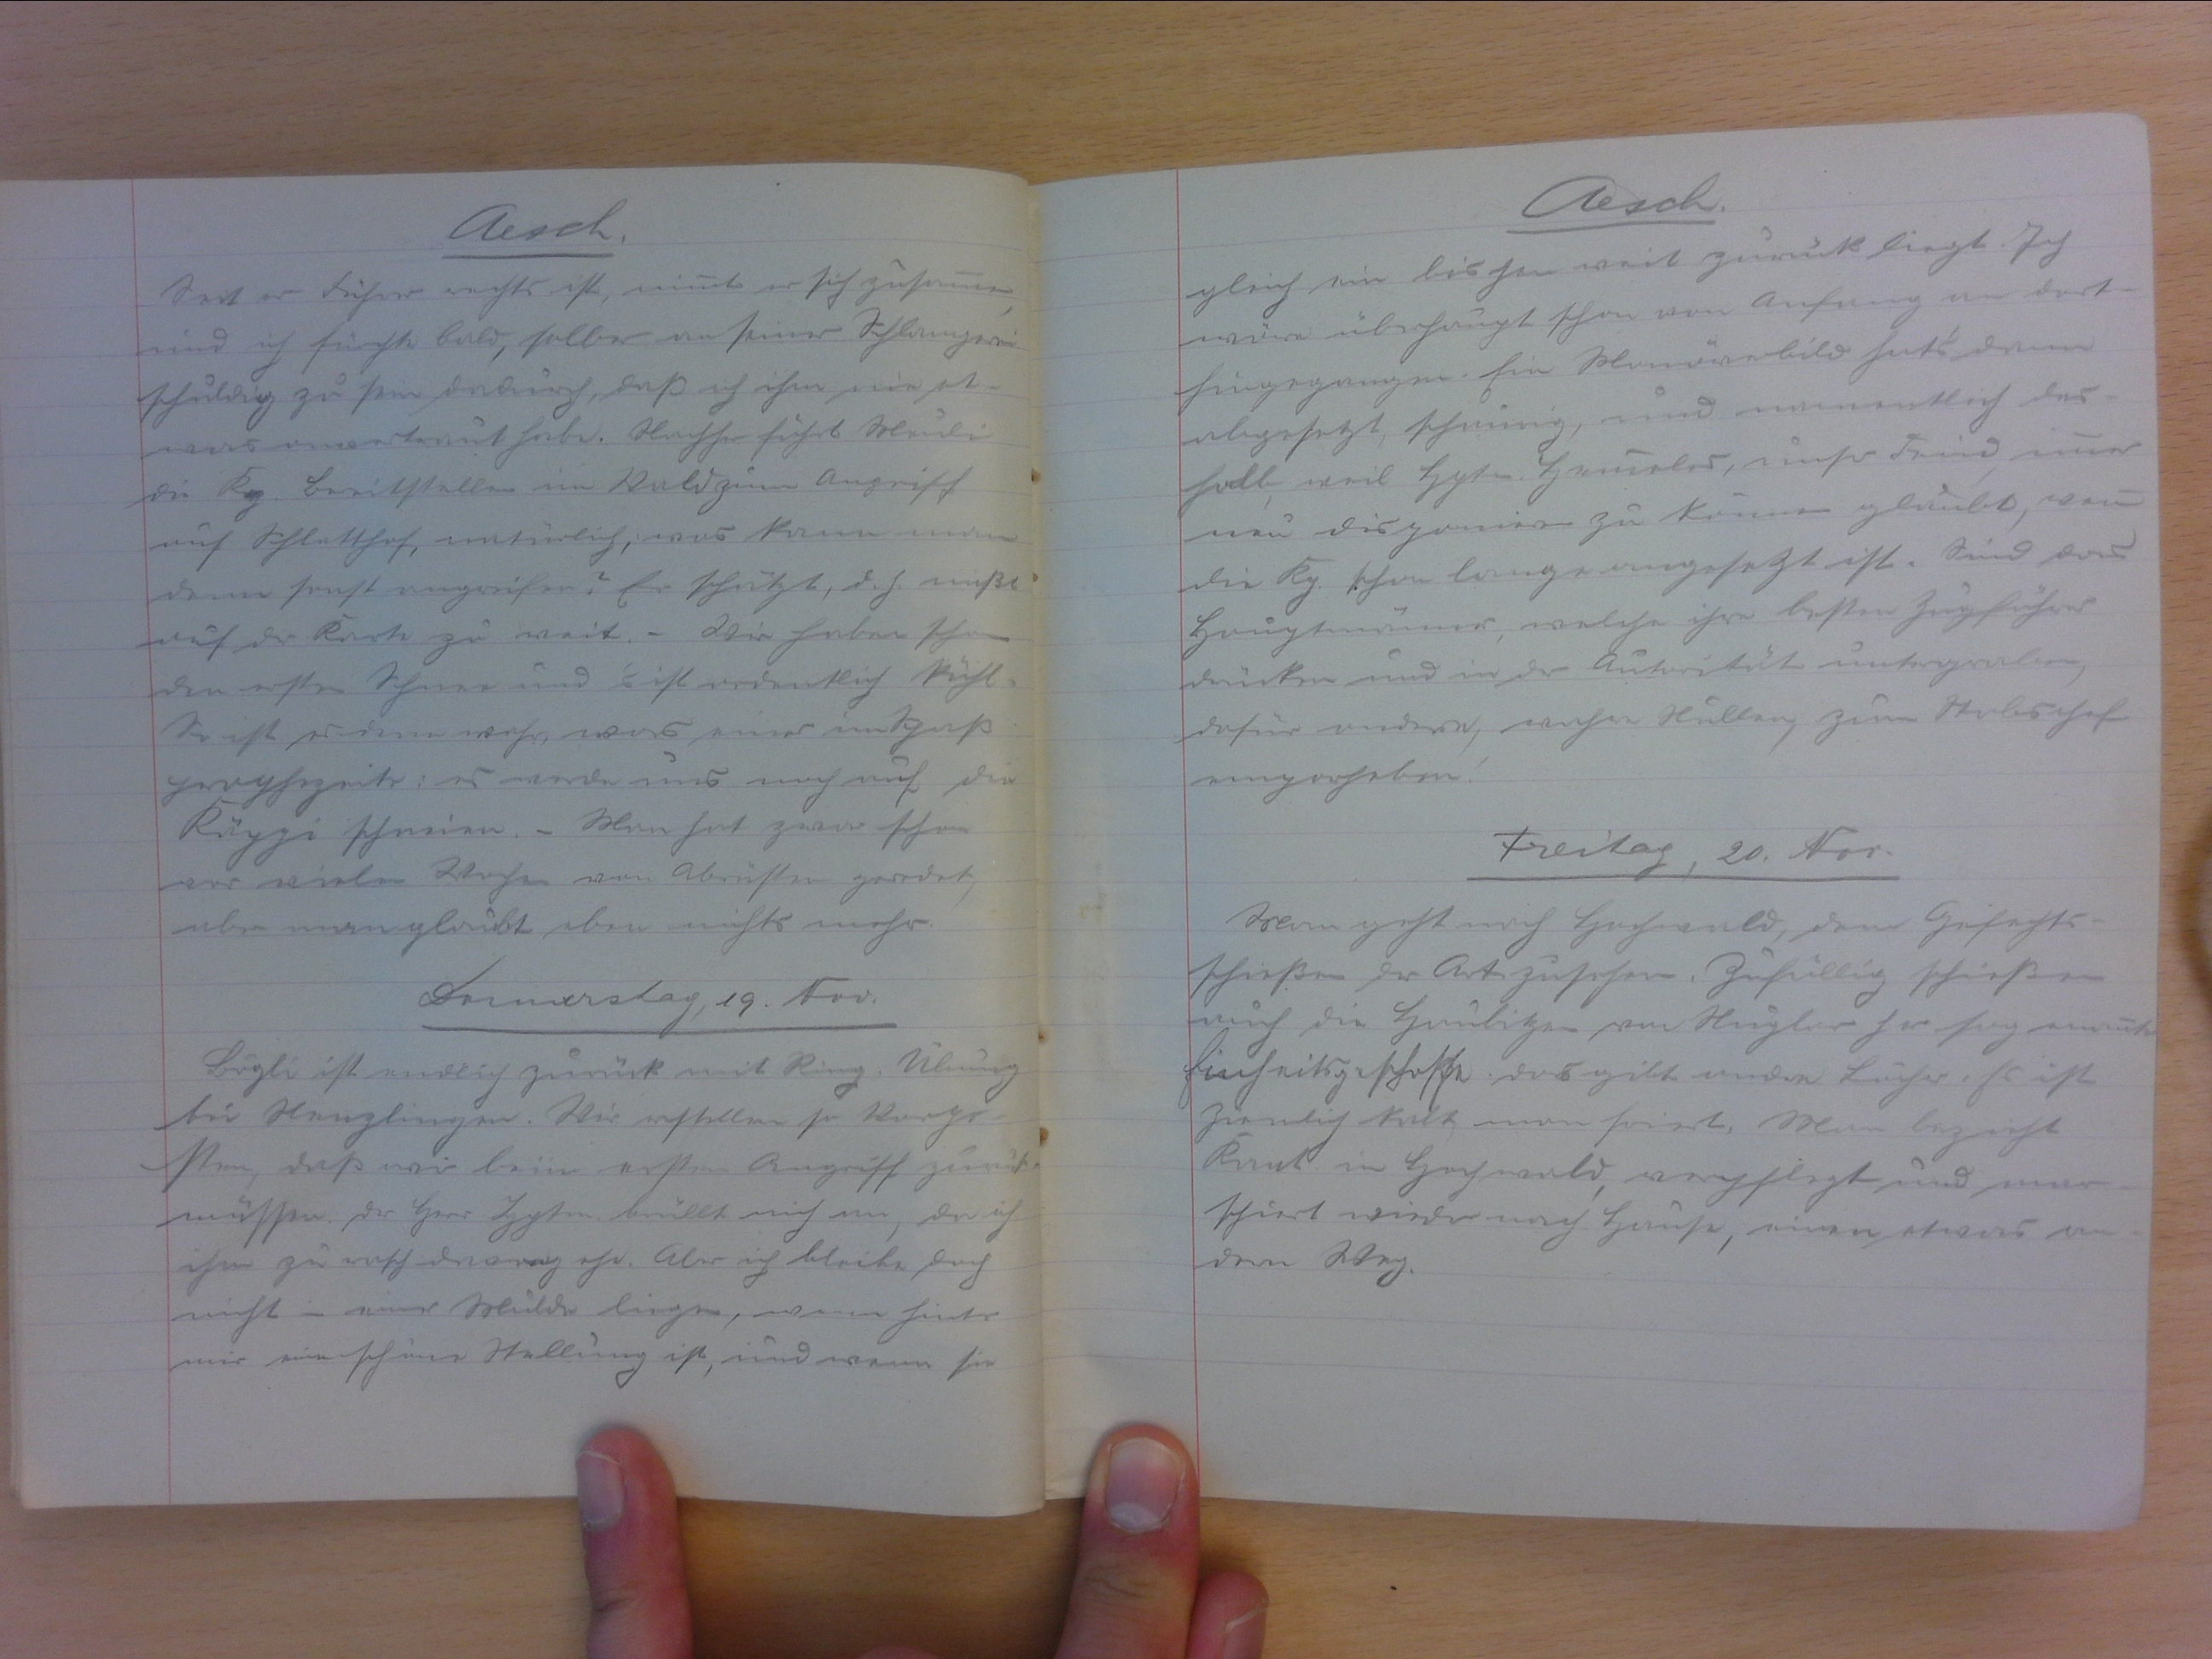
Aesch
Seit er Führer rechts ist, nimmt er sich zusammen.
und ich fürchte bald, selber an seiner Schlamperei
schuldig zu sein dadurch, dass ich ihm nie et-
was anvertraut habe. Nachher führt Meuli
die Kp. Bereitstellen im Wald zum Angriff
auf Schlatthof, natürlich was kann man
denn sonst angreifen? Ein schätzt, d. h. musste.
auf der Karte zu weit. - Wir haben schon
den ersten Schnee und s'ist ordentlich kühl.
So ist es denn wahr, was einer im Spass
prophezeite: es werde uns und noch auf die
Käppi schneien. - Man hat zwar schon
vor vielen Wochen von Abrüsten geredet
aber mem glaubt eben nichts mehr.
Donnerstag, 19. Nov.
Bögli ist endlich zurück mit Ring. Übung
bei Nenzlingen. Wir erstellen die Vorpo-
sten, dass wir beim ersten Angriff zurück-
müssen. Der Herr Hptm brüllt mich an, da ich-
ihm zur rasch davorgehe. Aber ich bleibe doch
nicht in einer Mulde liegen, wenn hinter
mir ein schöne Stellung ist, und wenn sie

Aesch
gleich ein bischen weit zurück liegt. sich
wäre überhaupt schon von Anfang an dort.
hingegangen. Ein Manöverbild hat's dann
abgesetzt, schaurig, und namentlich des-
halb, weil Hptm Hemmeler, unser Feind, immer
neu disponieren zu können glaubt, wenn
die Kp. schon lange angesetzt ist. Sind das
Hauptmänner, welche ihre besten Zugführer.
drücken und in der Autorität untergraben,
dafür andere, wahre Nullen zum Stabchef
emporheben!
Freitag, 2o. Nov.
Man geht nach Hochwald, dem Gefechts-
schiessen der Art zusehen. Zufüllig schiessen.
auch die Haubitzen von Nuglar her tag zurück.
Einheitsgeschosse. Das gibt andre Löcher. Es ist
ziemlich kalt, man friert. Man bezieht
Kant. in Hochwald, verpflegt und mar-
schiert wieder nach Hause, einen etwas an-
dern Weg.